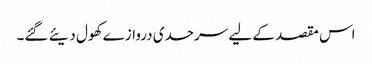
اس مقصد کے لیے سرحدی دروازے کھول دیئے گئے۔